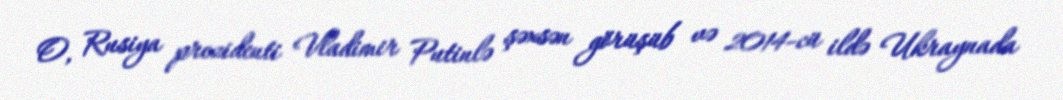
O, Rusiya prezidenti Vladimir Putinlə şəxsən görüşüb və 2014-cü ildə Ukraynada